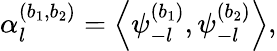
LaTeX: \alpha_{l}^{(b_{1},b_{2})}=\left\langle{\psi_{-l}^{(b_{1})},\psi_{-l}^{(b_{2})}}\right\rangle,